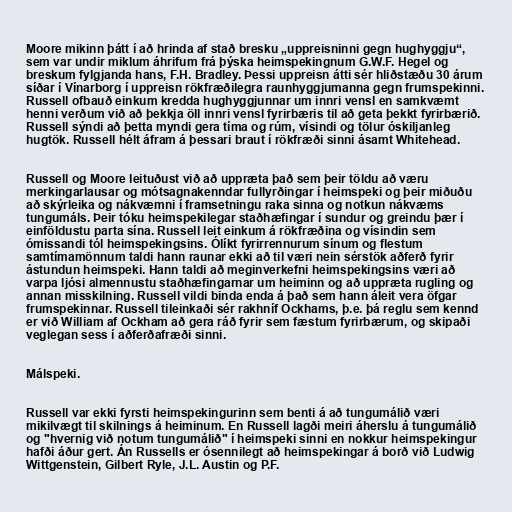
Moore mikinn þátt í að hrinda af stað bresku „uppreisninni gegn hughyggju“,
sem var undir miklum áhrifum frá þýska heimspekingnum G.W.F. Hegel og
breskum fylgjanda hans, F.H. Bradley. Þessi uppreisn átti sér hliðstæðu 30 árum
síðar í Vínarborg í uppreisn rökfræðilegra raunhyggjumanna gegn frumspekinni.
Russell ofbauð einkum kredda hughyggjunnar um innri vensl en samkvæmt
henni verðum við að þekkja öll innri vensl fyrirbæris til að geta þekkt fyrirbærið.
Russell sýndi að þetta myndi gera tíma og rúm, vísindi og tölur óskiljanleg
hugtök. Russell hélt áfram á þessari braut í rökfræði sinni ásamt Whitehead.

Russell og Moore leituðust við að uppræta það sem þeir töldu að væru
merkingarlausar og mótsagnakenndar fullyrðingar í heimspeki og þeir miðuðu
að skýrleika og nákvæmni í framsetningu raka sinna og notkun nákvæms
tungumáls. Þeir tóku heimspekilegar staðhæfingar í sundur og greindu þær í
einföldustu parta sína. Russell leit einkum á rökfræðina og vísindin sem
ómissandi tól heimspekingsins. Ólíkt fyrirrennurum sínum og flestum
samtímamönnum taldi hann raunar ekki að til væri nein sérstök aðferð fyrir
ástundun heimspeki. Hann taldi að meginverkefni heimspekingsins væri að
varpa ljósi almennustu staðhæfingarnar um heiminn og að uppræta rugling og
annan misskilning. Russell vildi binda enda á það sem hann áleit vera öfgar
frumspekinnar. Russell tileinkaði sér rakhníf Ockhams, þ.e. þá reglu sem kennd
er við William af Ockham að gera ráð fyrir sem fæstum fyrirbærum, og skipaði
veglegan sess í aðferðafræði sinni.

Málspeki.

Russell var ekki fyrsti heimspekingurinn sem benti á að tungumálið væri
mikilvægt til skilnings á heiminum. En Russell lagði meiri áherslu á tungumálið
og "hvernig við notum tungumálið" í heimspeki sinni en nokkur heimspekingur
hafði áður gert. Án Russells er ósennilegt að heimspekingar á borð við Ludwig
Wittgenstein, Gilbert Ryle, J.L. Austin og P.F.